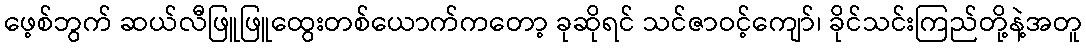
ဖေ့စ်ဘွက် ဆယ်လီဖြူဖြူထွေးတစ်ယောက်ကတော့ ခုဆိုရင် သင်ဇာဝင့်ကျော်၊ ခိုင်သင်းကြည်တို့နဲ့အတူ